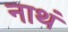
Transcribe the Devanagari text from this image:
नाथं